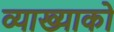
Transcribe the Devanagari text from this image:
व्याख्याको